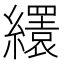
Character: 𦇏